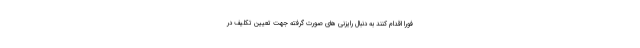
فورا اقدام کنند به دنبال رایزنی های صورت گرفته جهت تعیین تکلیف در